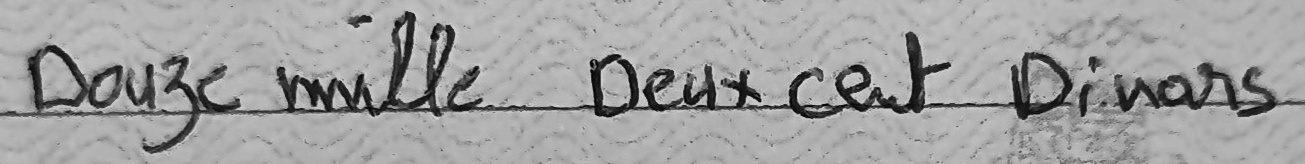
Douze mille Deux cent Dinars